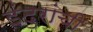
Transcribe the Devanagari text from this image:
इंदुरांची